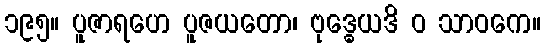
၁၉၅။ ပူဇာရဟေ ပူဇယတော၊ ဗုဒ္ဓေယဒိ ဝ သာဝကေ။